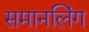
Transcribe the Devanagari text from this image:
समानलिंग